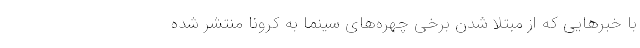
با خبرهایی که از مبتلا شدن برخی چهره‌های سینما به کرونا منتشر شده